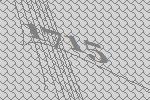
1715